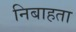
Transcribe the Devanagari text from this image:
निबाहता